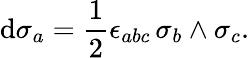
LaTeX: \mathrm{d}\sigma_{a}=\frac{{1}}{{2}}\epsilon_{abc}\, \sigma_{b}\wedge\sigma_{c}.